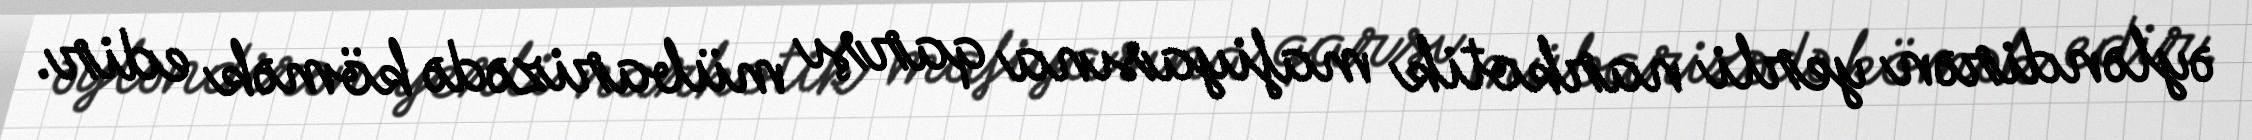
əyləndirən yerli narkotik mafiyasına qarşı mübarizədə kömək edir.